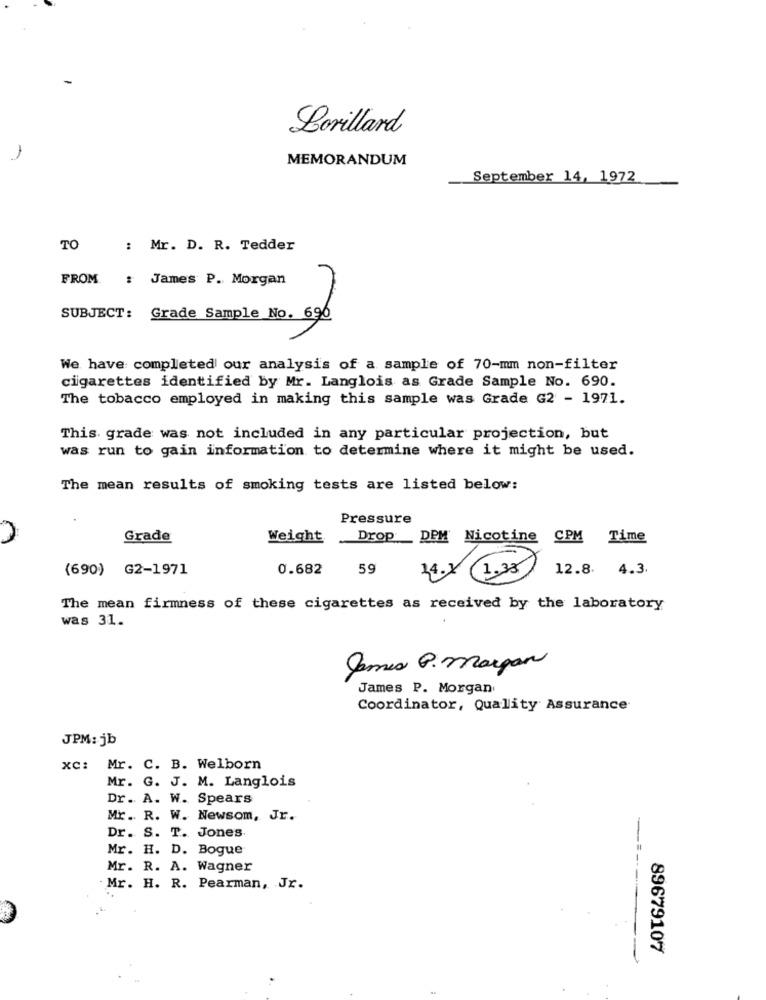
Lorillard
MEMORANDUM
September 14, 1972
TO
: Mr. D. R. Tedder
FROM
: James P. Morgan
SUBJECT: Grade Sample No. 690
We have completed our analysis of a sample of 70-mm non-filter
cigarettes identified by Mr. Langlois as Grade Sample No. 690.
The tobacco employed in making this sample was Grade G2 - 1971.
This grade was not included in any particular projection, but
was run to gain information to determine where it might be used.
The mean results of smoking tests are listed below:
Pressure
Grade
Weight
Drop DPM Nicotine CPM Time
(690) G2-1971
0.682
59
14.x (1.33
12.8. 4.3.
The mean firmness of these cigarettes as received by the laboratory
was 31.
James P. Morgan
James P. Morgan
Coordinator, Quality Assurance
JPM: jb
xc:
Mr. C. B. Welborn
Mr. G. J. M. Langlois
Dr. A. W. Spears
Mr. R. W. Newsom, Jr.
Dr. S. T. Jones.
Mr. H. D. Bogue
Mr. R. A. Wagner
Mr. H. R. Pearman, Jr.
89679107